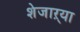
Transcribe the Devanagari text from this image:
शेजाऱ्या